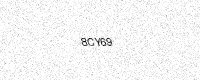
Text: 8CY69